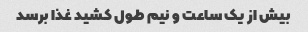
بیش از یک ساعت و نیم طول کشید غذا برسد